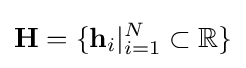
\mathbf {H} =\{\mathbf {h} _{i}\vert _{i=1}^{N}\subset \mathbb {R} \}